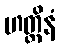
ဟတ္ထိနံ